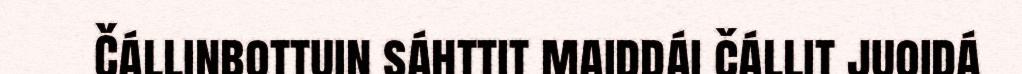
Čállinbottuin sáhttit maiddái čállit juoidá